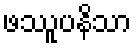
ဖဿူပနိသာ